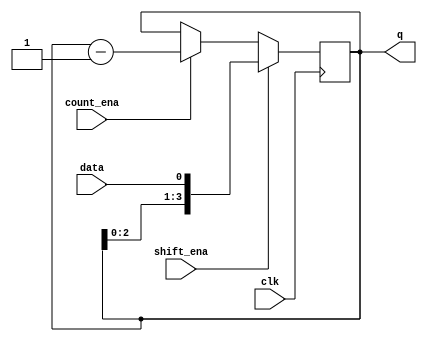
module top_module (
    input clk,
    input shift_ena,
    input count_ena,
    input data,
    output [3:0] q);

    reg [3:0] q_r;
    assign q = q_r;

    always @(posedge clk ) begin
        if(shift_ena) begin
            q_r <= {q_r[2:0],data};
        end else if(count_ena) begin
            q_r <= q_r - 1'b1;
        end
    end

endmodule